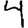
Digit: 4